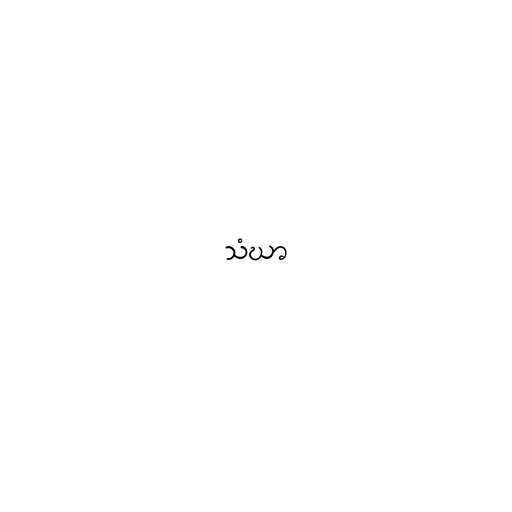
သံဃာ